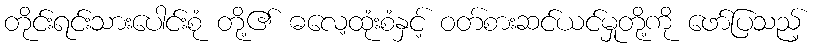
တိုင်းရင်းသားပေါင်းစုံ တို့၏ ဓလေ့ထုံးစံနှင့် ဝတ်စားဆင်ယင်မှုတို့ကို ဖော်ပြသည့်